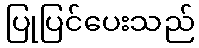
ပြုပြင်ပေးသည်